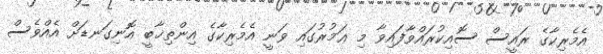
އެމެރިކާގެ ރައީސް ސޮއިކުރައްވާފައިވާ މި ޢަމުރުގައި ވަނީ އެމެރިކާގެ އިންތިޚާބީ އޮނިގަނޑަށް އެއްވެސް